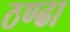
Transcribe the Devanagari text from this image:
ठण्ढा